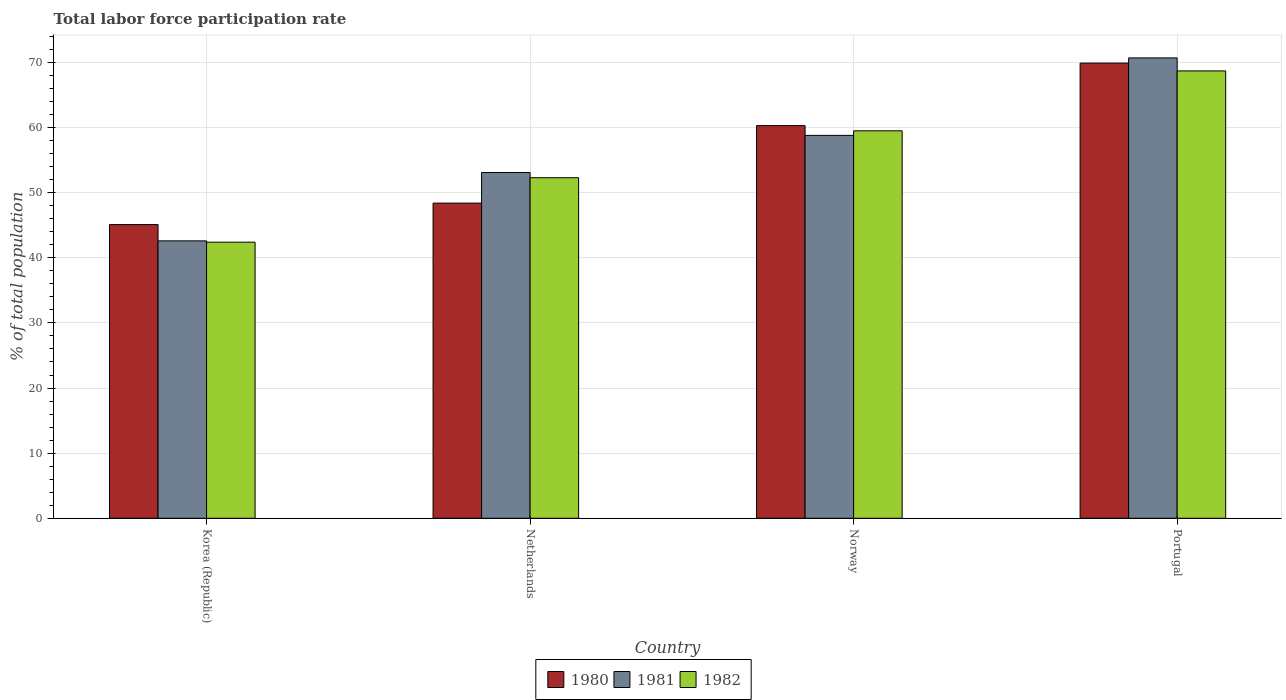
| Country | 1980 | 1981 | 1982 |
 | --- | --- | --- | --- |
 | Korea (Republic) | 45.1 | 42.6 | 42.4 |
 | Netherlands | 48.4 | 53.1 | 52.3 |
 | Norway | 60.3 | 58.8 | 59.5 |
 | Portugal | 69.9 | 70.7 | 68.7 |